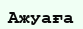
Ажуаға